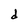
Character: d